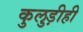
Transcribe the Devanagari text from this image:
कुलुड़ीही